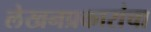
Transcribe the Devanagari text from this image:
लेखनप्रकारांचा